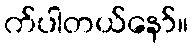
က်ပါတယ်နော်။